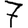
Digit: 7